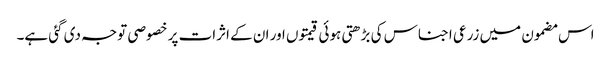
اس مضمون میں زرعی اجناس کی بڑھتی ہوئی قیمتوں اور ان کے اثرات پر خصوصی توجہ دی گئی ہے۔